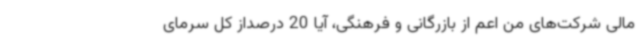
مالی شرکت‌های من اعم از بازرگانی و فرهنگی، آیا 20 درصداز کل سرمای